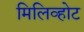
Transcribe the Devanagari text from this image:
मिलिव्होट